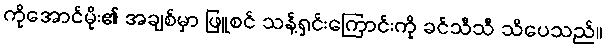
ကိုအောင်မိုး၏ အချစ်မှာ ဖြူစင် သန့်ရှင်းကြောင်းကို ခင်သီသီ သိပေသည်။